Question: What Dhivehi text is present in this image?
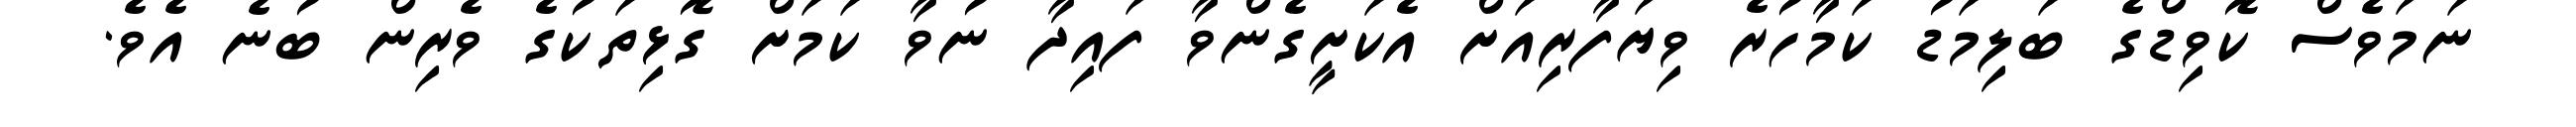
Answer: ނަމަވެސް ކޮވިޑްގެ ބަލިމަޑު ކަމާހުރެ ވިޔަފާރިއަށް އެކަށީގެންވާ ފައިދާ ނުވާ ކަމަށް ގޮޅިތަކުގެ ވެރިން ބުނެ އެވެ.